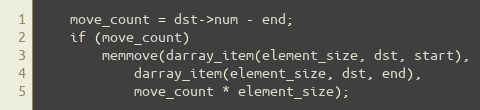
Language: C
	move_count = dst->num - end;
	if (move_count)
		memmove(darray_item(element_size, dst, start),
			darray_item(element_size, dst, end),
			move_count * element_size);